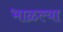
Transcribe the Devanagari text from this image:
भाळल्या